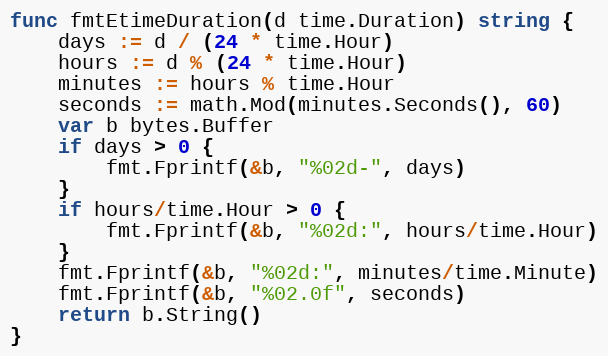
Language: Go
func fmtEtimeDuration(d time.Duration) string {
	days := d / (24 * time.Hour)
	hours := d % (24 * time.Hour)
	minutes := hours % time.Hour
	seconds := math.Mod(minutes.Seconds(), 60)
	var b bytes.Buffer
	if days > 0 {
		fmt.Fprintf(&b, "%02d-", days)
	}
	if hours/time.Hour > 0 {
		fmt.Fprintf(&b, "%02d:", hours/time.Hour)
	}
	fmt.Fprintf(&b, "%02d:", minutes/time.Minute)
	fmt.Fprintf(&b, "%02.0f", seconds)
	return b.String()
}